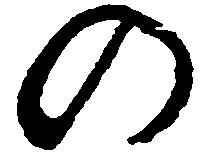
の